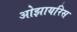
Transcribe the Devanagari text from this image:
ओझायरिस